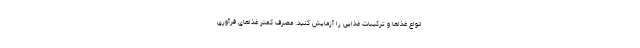
انواع غذاها و ترکیبات غذایی را آزمایش کنید. مصرف کمتر غذاهای فرآوری